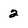
Character: 2